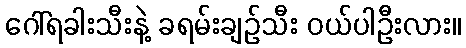
ဂေါ်ရခါးသီးနဲ့ ခရမ်းချဉ်သီး ဝယ်ပါဦးလား။